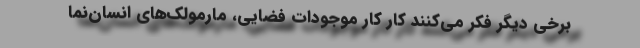
برخی دیگر فکر می‌کنند کار کارِ موجودات فضایی، مارمولک‌های انسان‌نما